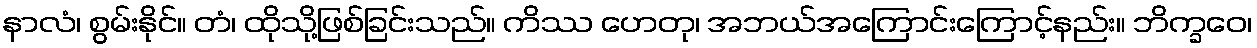
နာလံ၊ စွမ်းနိုင်။ တံ၊ ထိုသို့ဖြစ်ခြင်းသည်။ ကိဿ ဟေတု၊ အဘယ်အကြောင်းကြောင့်နည်း။ ဘိက္ခဝေ၊